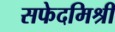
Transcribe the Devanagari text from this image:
सफेदमिश्री